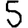
Digit: 5